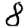
Digit: 8